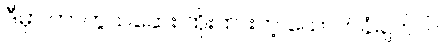
ဒီမှာ ကာကွယ်ဆေး ထိုးထားတဲ့ ထောက်ခံချက်ပါ။